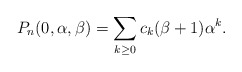
\begin{gather*}P_{n}(0,\alpha,\beta)= \sum_{k \ge 0} c_k(\beta+1) \alpha^k.\end{gather*}